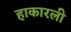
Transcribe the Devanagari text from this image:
हाकारली